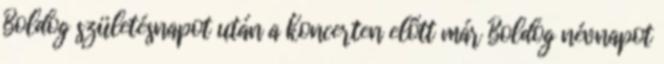
Boldog születésnapot után a koncerten előtt már Boldog névnapot